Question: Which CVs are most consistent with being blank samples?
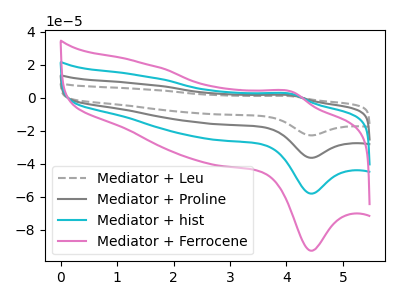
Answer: <think>The gray dashed curve "Mediator + Leu" has an anodic peak at (4.10V, 6.80uA) and a cathodic peak at (4.45V, -174.05uA). The gray curve "Mediator + Proline" has an anodic peak at (4.10V, 4.55uA) and a cathodic peak at (4.45V, -116.05uA). The cyan curve "Mediator + hist" has an anodic peak at (4.10V, 2.25uA) and a cathodic peak at (4.45V, -58.00uA). The pink curve "Mediator + Ferrocene" has an anodic peak at (4.10V, 3.60uA) and a cathodic peak at (4.45V, -92.60uA).</think>
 <answer>There are not any CV's on this graph that are likely to be blanks.</answer>
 <eval>none</eval>